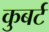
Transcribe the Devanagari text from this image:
कुबर्ट